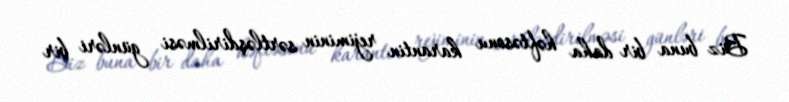
Biz buna bir daha həftəsonu karantin rejiminin sərtləşdirilməsi günləri bir